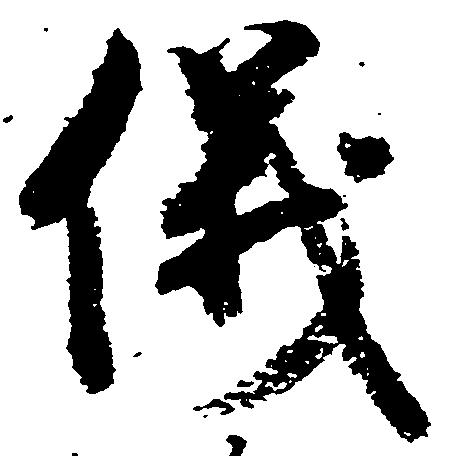
儀